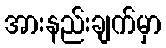
အားနည်းချက်မှာ